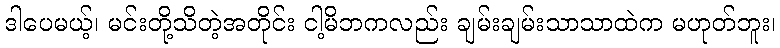
ဒါပေမယ့်၊ မင်းတို့သိတဲ့အတိုင်း ငါ့မိဘကလည်း ချမ်းချမ်းသာသာထဲက မဟုတ်ဘူး၊